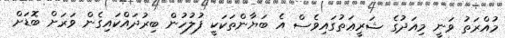
މުއްރަތު ވަނީ މިއަދުގެ ޝަރީޢަތުގައިވެސް އެ ބަޔާންތަކަކީ ފުލުހުން ބިރުދައްކައިގެން ވަރަށް ބޮޑަށް